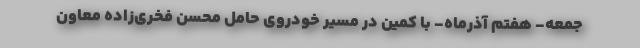
جمعه- هفتم آذرماه- با کمین در مسیر خودروی حامل محسن فخری‌زاده معاون